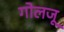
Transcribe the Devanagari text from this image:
गोलजू